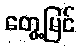
တွေ့မြင်